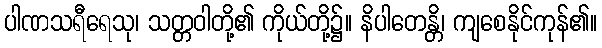
ပါဏသရီရေသု၊ သတ္တဝါတို့၏ ကိုယ်တို့၌။ နိပါတေန္တိ၊ ကျစေနိုင်ကုန်၏။